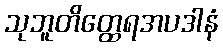
သုဘူတိတ္ထေရအပဒါနံ